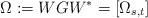
LaTeX: \begin{align*}\Omega:=WGW^*=[ \Omega_{s,t}]\end{align*}